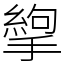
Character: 𢳉